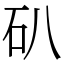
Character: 𥐙